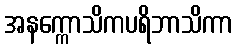
အနက္ကောသိကပရိဘာသိကာ